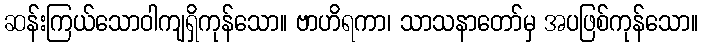
ဆန်းကြယ်သောဝါကျရှိကုန်သော။ ဗာဟိရကာ၊ သာသနာတော်မှ အပဖြစ်ကုန်သော။